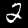
Digit: 2